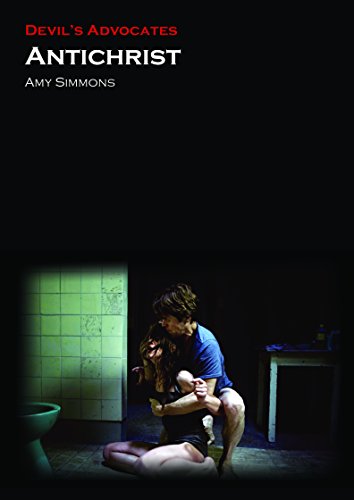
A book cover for Antichrist (Devil's Advocates); Amy Simmons; Humor & Entertainment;